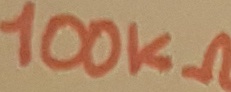
Text: 100KΩ